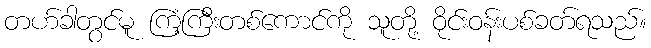
တဟ်ခါတွင်မူ ကြံ့ကြီးတစ်ကောင်ကို သူတို့ ဝိုင်းဝန်းပစ်ခတ်ရသည်။